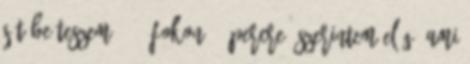
sütőbe teszem, 180 fokon, 5 percre. szerintem elég, ami